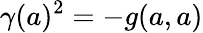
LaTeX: \gamma(a)^{2}=-g(a,a)